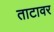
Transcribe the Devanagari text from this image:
ताटावर